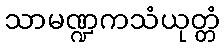
သာမဏ္ဍကသံယုတ္တံ